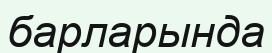
барларында